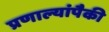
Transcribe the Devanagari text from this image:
प्रणाल्यांपैकी